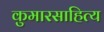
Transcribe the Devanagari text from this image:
कुमारसाहित्य